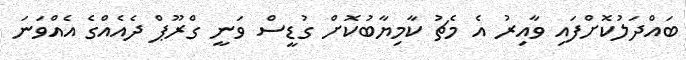
ބައްދަލުކޮށްފައި ވާއިރު އެ މެޗު ކާމިޔާބުކޮށް ގުޑީސް ވަނީ ގްރޫޕް ދެއެއްގެ އެއްވަނަ